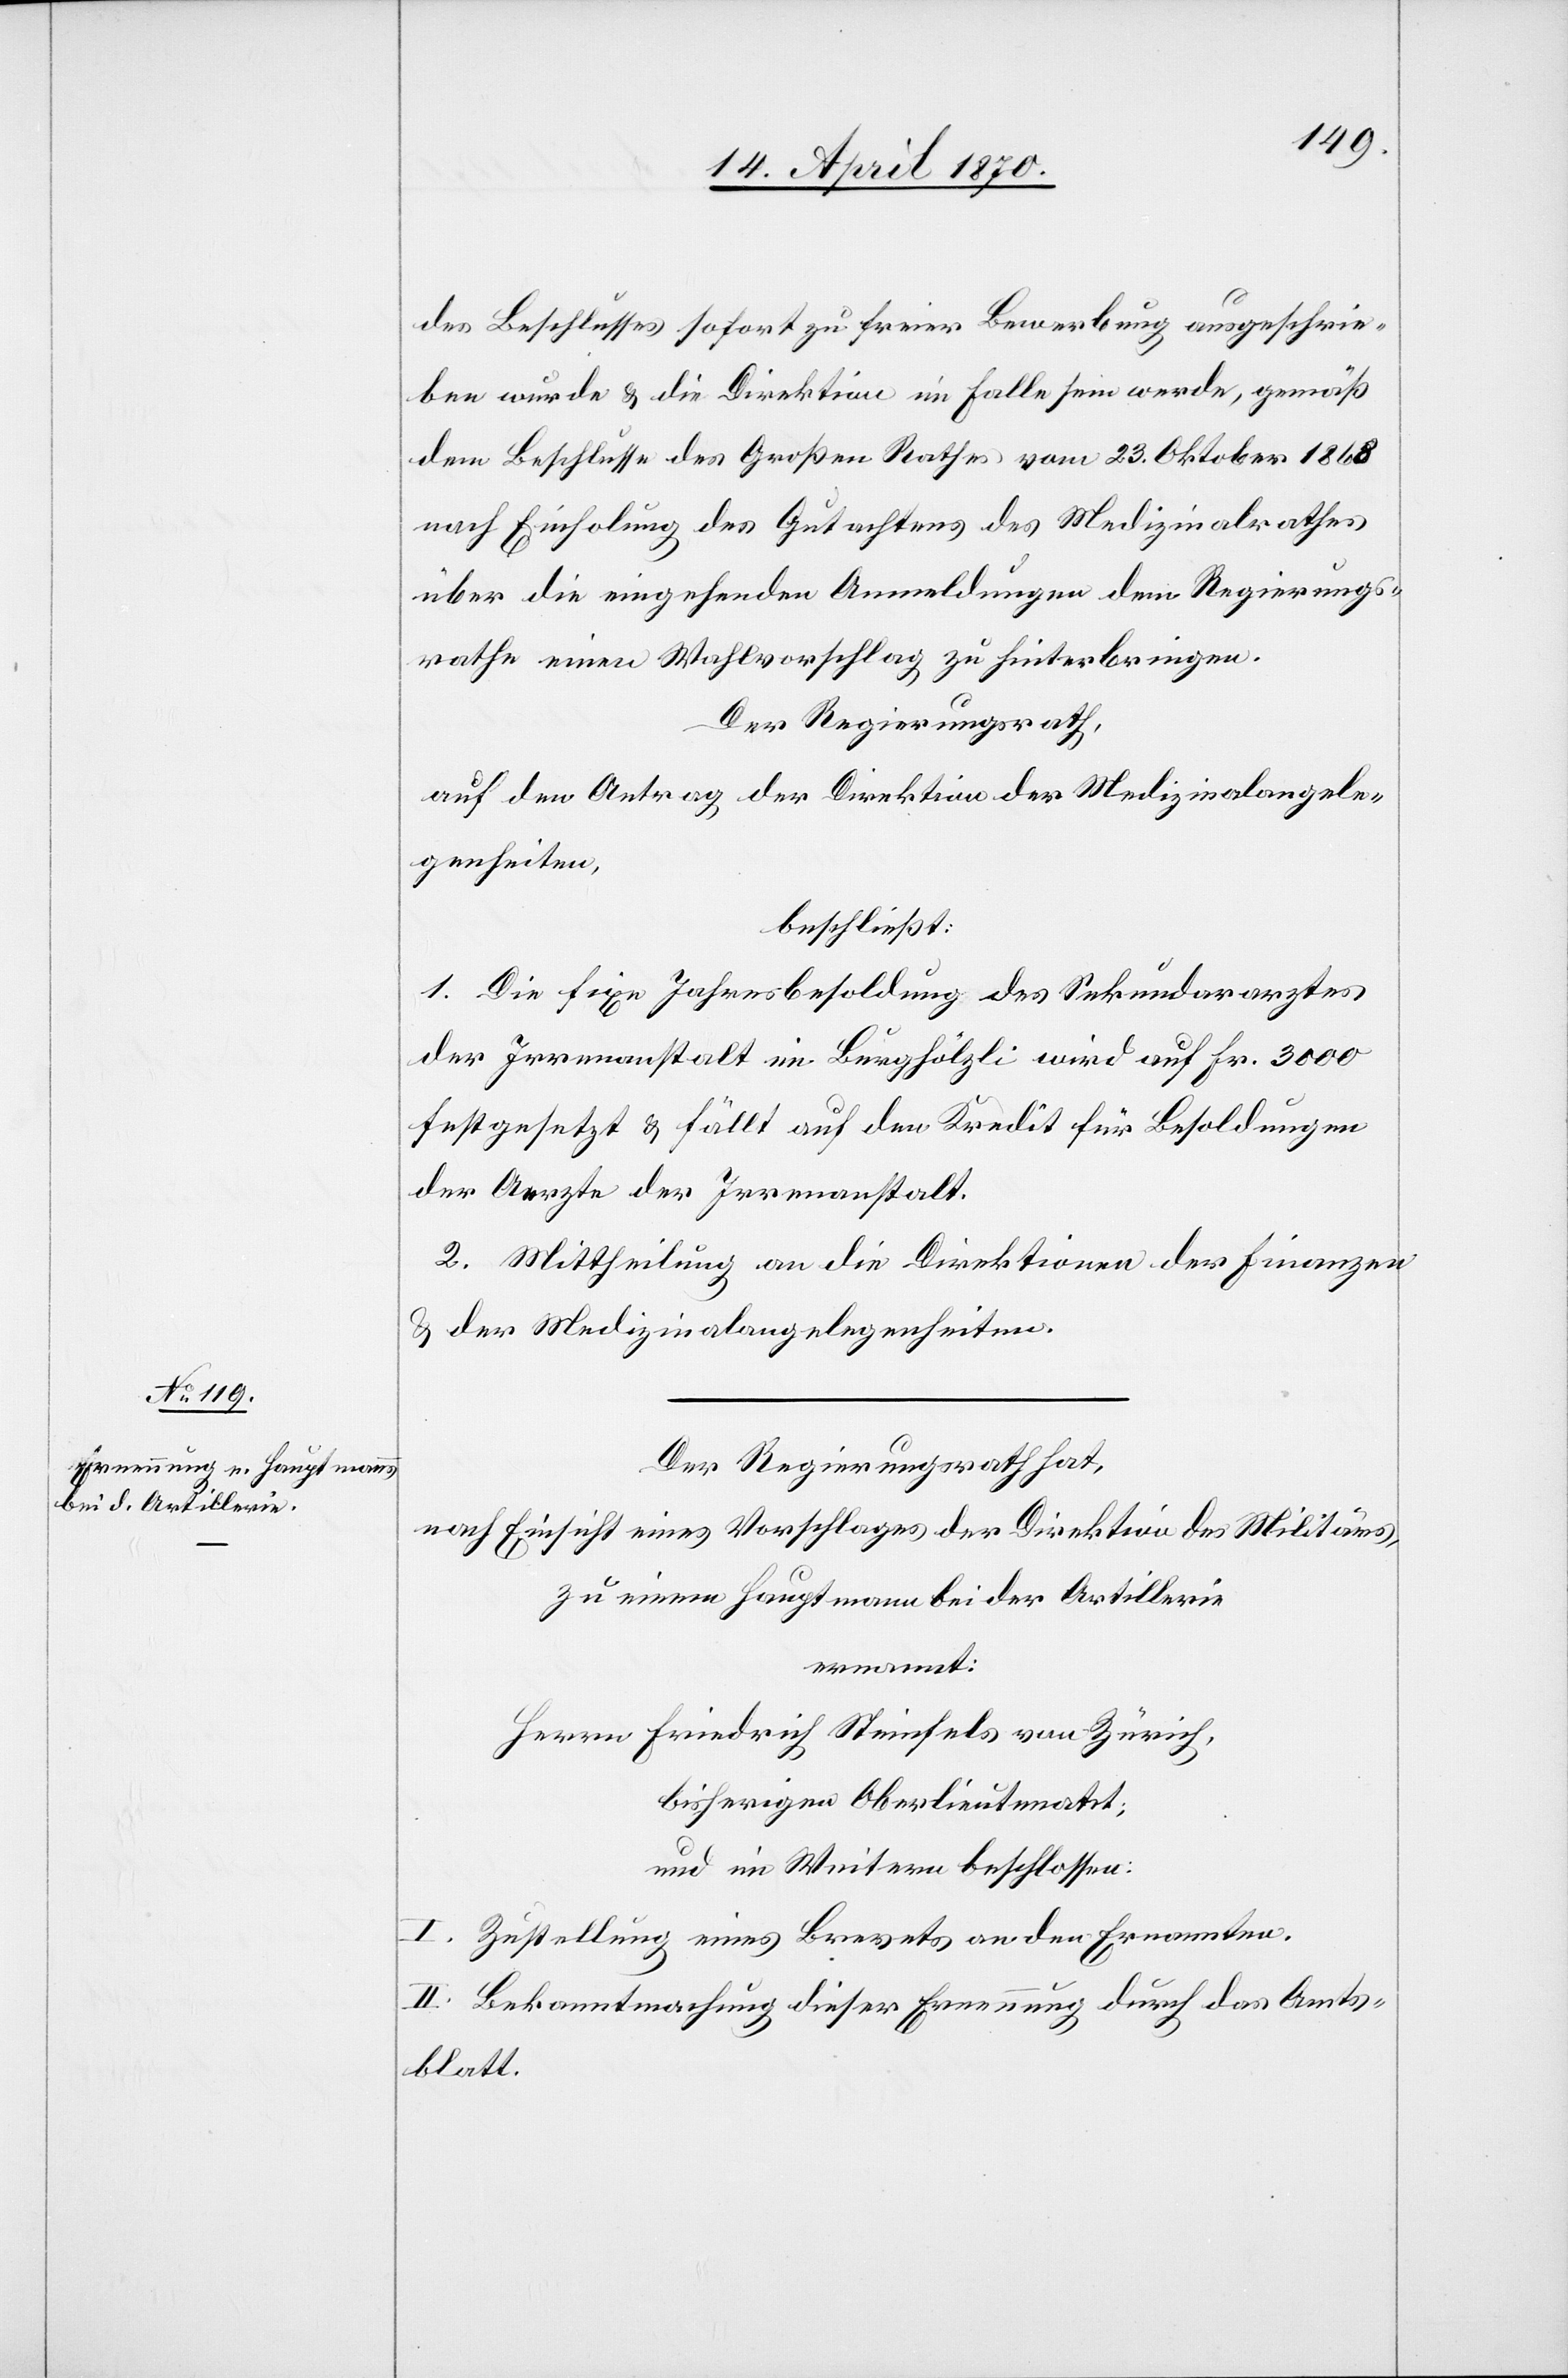
des Beschlusses sofort zu freier Bewerbung ausgeschrie¬
ben wurde & die Direktion im Falle sein werde, gemäß
dem Beschlusse des Großen Rathes vom 23. Oktober 1868
nach Einholung des Gutachtens des Medizinalrathes
über die eingehenden Anmeldungen dem Regierungs¬
rathe einen Wahlvorschlag zu hinterbringen.
Der Regierungsrath,
auf den Antrag der Direktion der Medizinalangele¬
genheiten,
beschließt:
1. Die fixe Jahresbesoldung des Sekundararztes
der Irrenanstalt im Burghölzli wird auf Fr. 3000
festgesetzt & fällt auf den Kredit für Besoldungen
der Aerzte der Irrenanstalt.
2. Mittheilung an die Direktionen der Finanzen
& der Medizinalangelegenheiten.
Der Regierungsrath hat,
nach Einsicht eines Vorschlages der Direktion des Militärs,
zu einem Hauptmann bei der Artillerie
ernannt:
Herrn Friedrich Steinfels von Zürich,
bisheriger Oberlieutenant;
und im Weitern beschlossen:
I. Zustellung eines Brevets an den Ernannten.
II. Bekanntmachung dieser Ernennung durch das Amts¬
blatt.